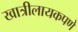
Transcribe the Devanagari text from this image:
खात्रीलायकपणे